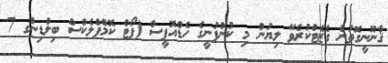
ޤާނޫނީގޮތުން ގެޒެޓްކުރެވޭ ލިޔުން މި ކުންފުނީގެ ހެޑްއޮފީސް (ޕޯޓް ކޮމްޕްލެކްސް ބިލްޑިންގ 7